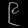
Digit: ၉